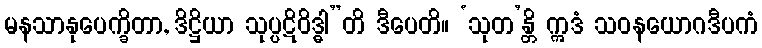
မနသာနုပေက္ခိတာ, ဒိဋ္ဌိယာ သုပ္ပဋိဝိဒ္ဓါ”တိ ဒီပေတိ။ ‘သုတ’န္တိ ဣဒံ သဝနယောဂဒီပကံ